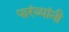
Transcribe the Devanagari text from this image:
पारंब्यांनी